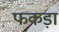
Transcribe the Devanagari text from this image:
फकड़ा